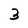
Character: 3